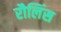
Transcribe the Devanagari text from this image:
रौलिंस